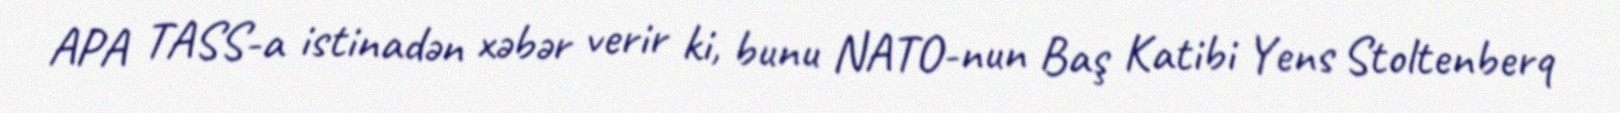
APA TASS-a istinadən xəbər verir ki, bunu NATO-nun Baş Katibi Yens Stoltenberq